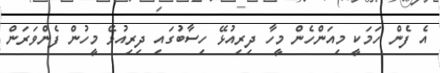
އެ ފެން ހަމަކީ މިއަންހެން މީހާ ދިރިއުޅޭ ހިސާބުގައި ދިރިއުޅޭ މީހުން ފެންވަރަން